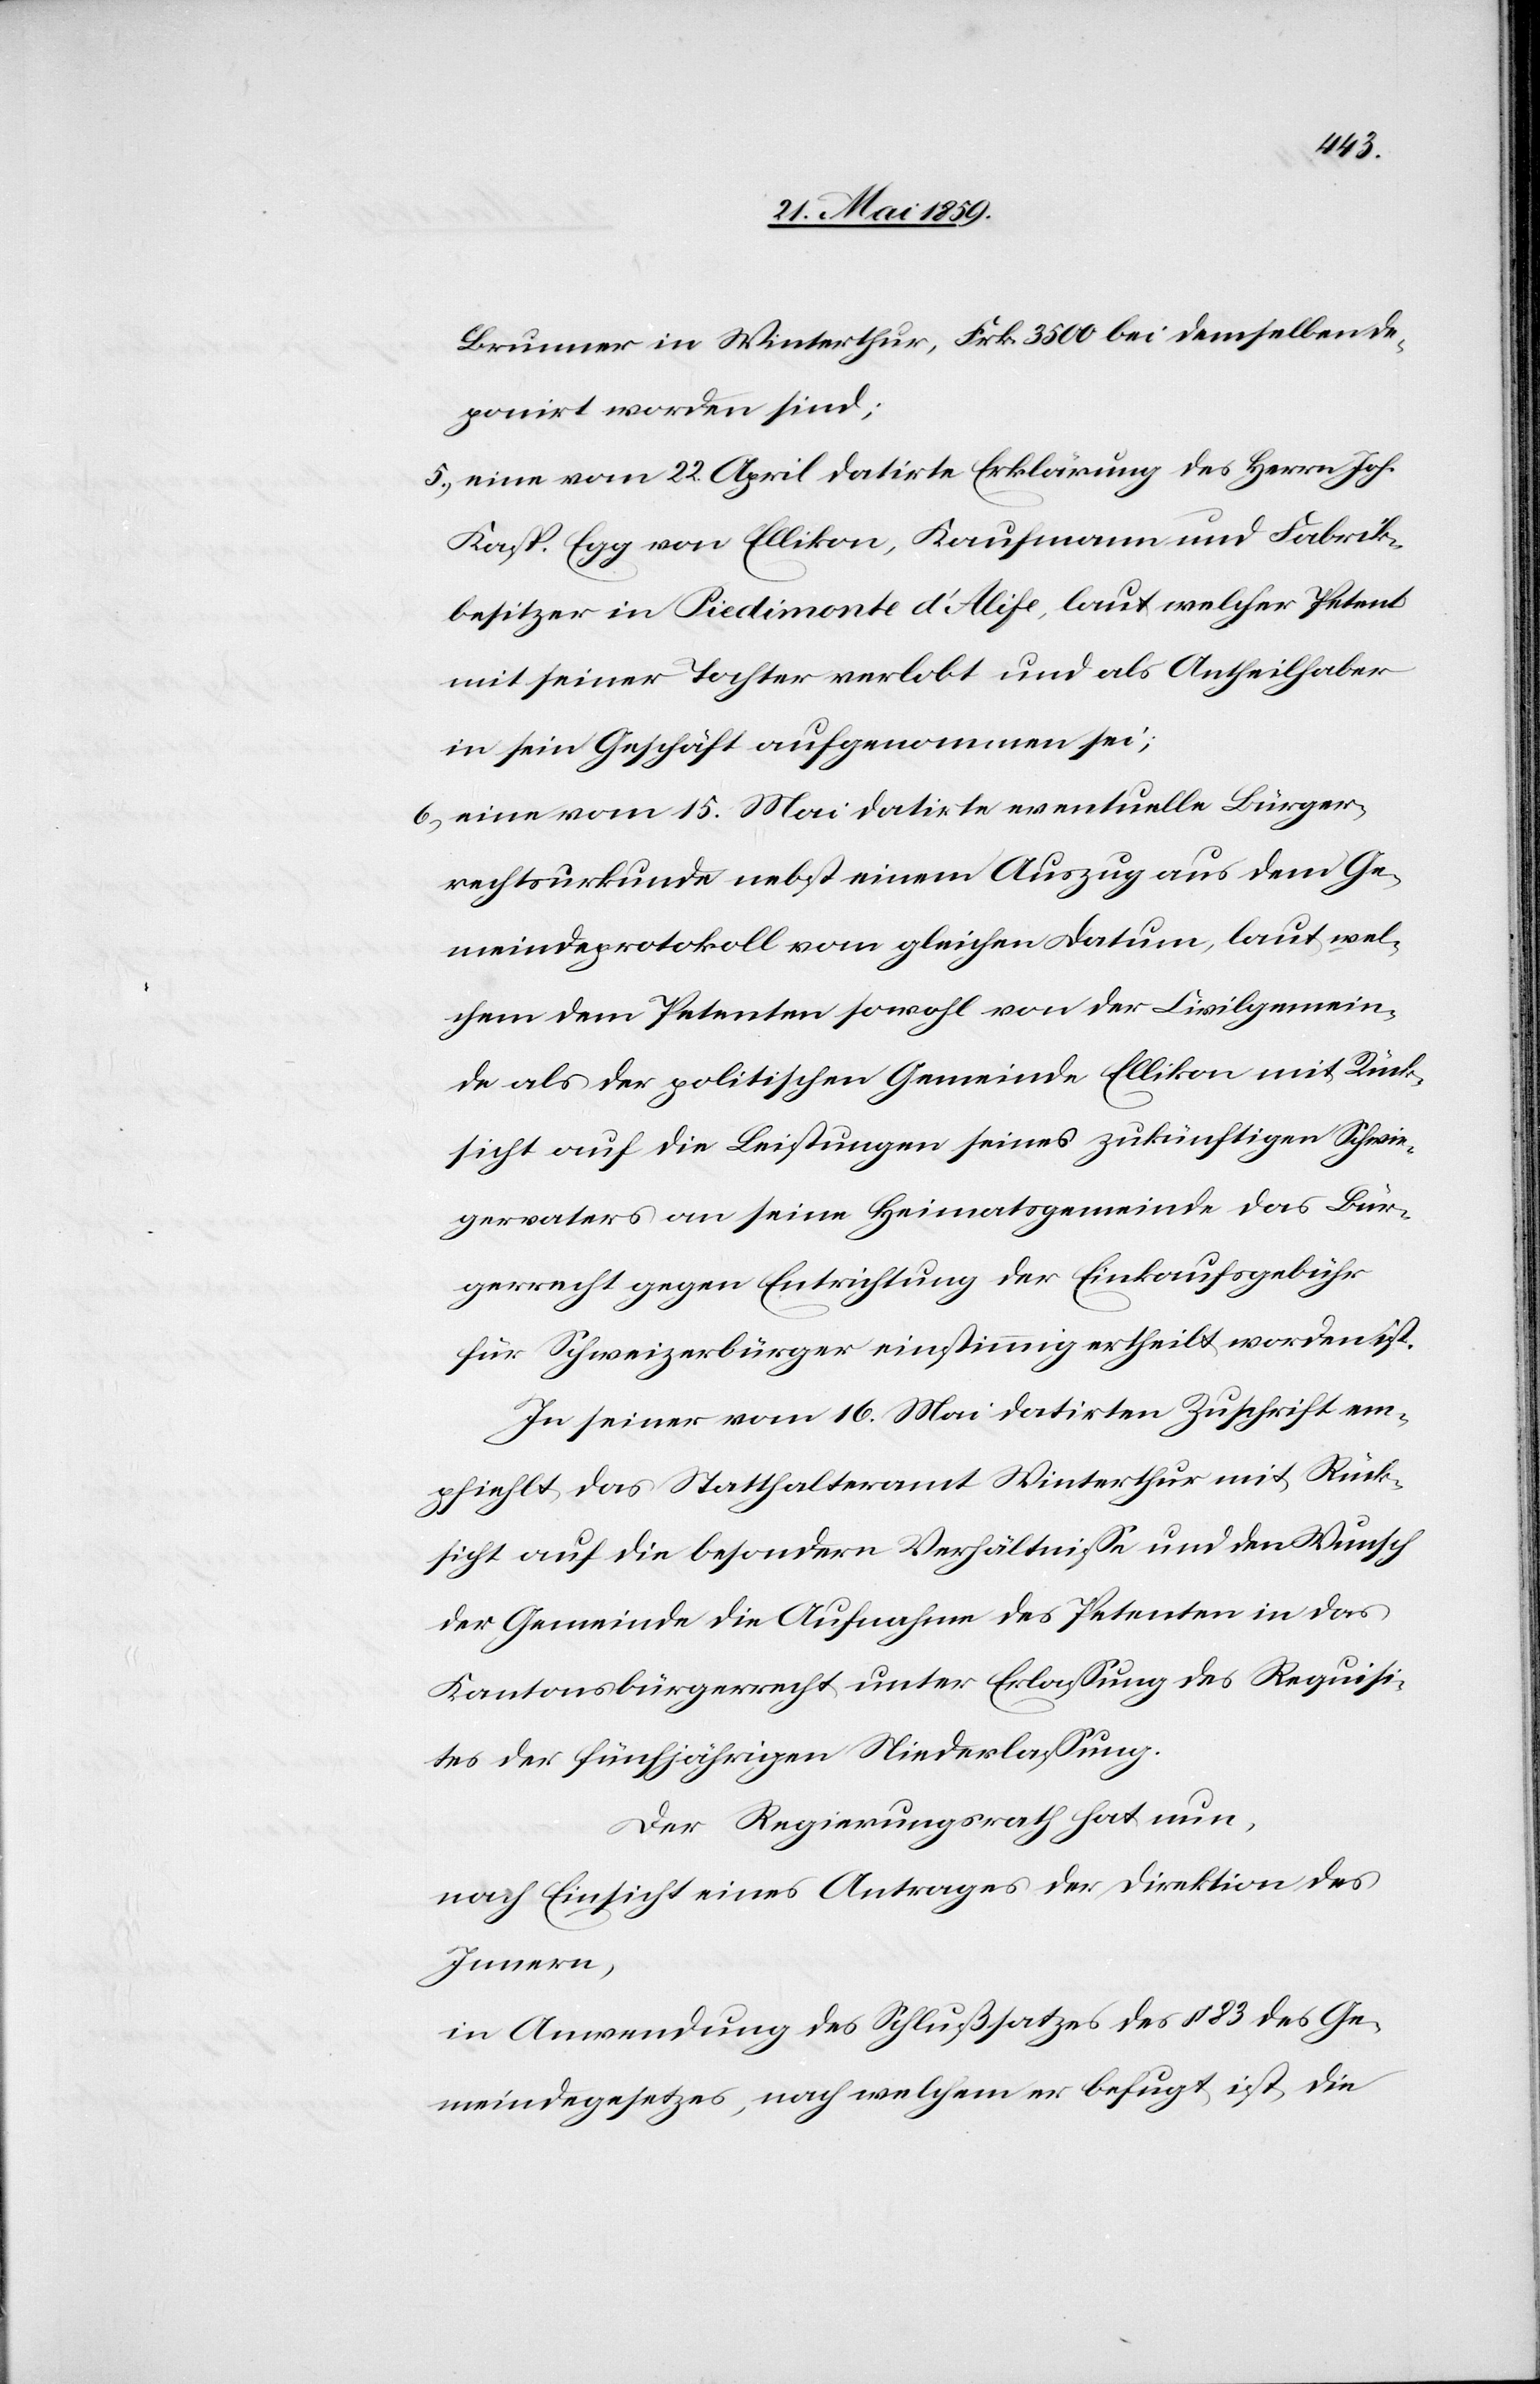
Brunner in Winterthur, Frk. 3500 bei demselben de¬
poniert worden sind;
5) eine vom 22. April datirte Erklärung des Herrn Joh.
Kasp. Egg von Ellikon, Kaufmann und Fabrik¬
besitzer in Piedimonte d’Alife, laut welcher Petent
mit seiner Tochter verlobt und als Antheilhaber
in sein Geschäft aufgenommen sei;
6) eine vom 15. Mai datirte eventuelle Bürger¬
rechtsurkunde nebst einem Auszug aus dem Ge¬
meindeprotokoll vom gleichen Datum, laut wel¬
chem dem Petenten sowohl von der Civilgemein¬
de als der politischen Gemeinde Ellikon mit Rück¬
sicht auf die Leistungen seines zukünftigen Schwie¬
gervaters an seine Heimatgemeinde das Bür¬
gerrecht gegen Entrichtung der Einkaufsgebühr
für Schweizerbürger einstimmig ertheilt worden ist.
In seiner vom 16. Mai datirten Zuschrift em¬
pfiehlt das Statthalteramt Winterthur mit Rück¬
sicht auf die besondern Verhältnisse und den Wunsch
der Gemeinde die Aufnahme des Petenten in das
Kantonsbürgerrecht unter Erlassung des Requisi¬
tes der fünfjährigen Niederlassung.
Der Regierungsrath hat nun,
nach Einsicht eines Antrages der Direktion des
Innern,
in Anwendung des Schlußsatzes des § 83 des Ge¬
meindegesetzes, nach welchem er befugt ist, die